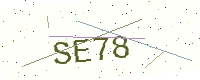
Text: SE78